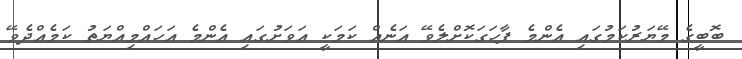
ބޮބީގެ މޭޔަރުކަމުގައި އެންމެ ފާހަގަކޮށްލެވޭ އަނެއް ކަމަކީ އަވަށުގައި އެންމެ އަހައްމިއްޔަތު ކަމެއްދެވޭ